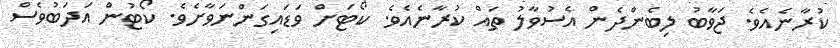
ކުރާނެއެވެ. ޖަވާބު ލިބެންދެން އެސުވާލު ތައް ކުރާނެއެވެ. ކޯޓަށް ވަޑައިގަންނަވާށެވެ. ކޯޓުން އަދަބުވެސް